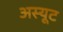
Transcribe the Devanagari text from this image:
अस्यूट